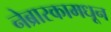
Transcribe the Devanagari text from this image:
नेब्रास्कामधून